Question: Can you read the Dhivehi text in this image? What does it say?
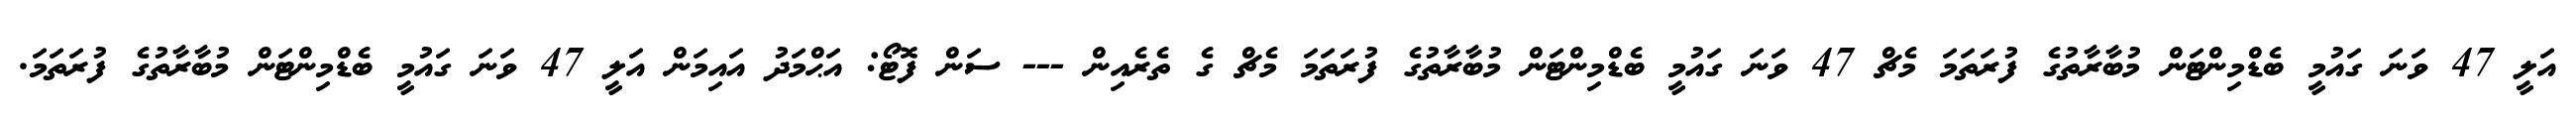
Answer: އަލީ 47 ވަނަ ގައުމީ ބެޑްމިންޓަން މުބާރާތުގެ ފުރަތަމަ މެޗް 47 ވަނަ ގައުމީ ބެޑްމިންޓަން މުބާރާތުގެ ފުރަތަމަ މެޗް ގެ ތެރެއިން --- ސަން ފޮޓޯ: އަޙްމަދު އައިމަން އަލީ 47 ވަނަ ގައުމީ ބެޑްމިންޓަން މުބާރާތުގެ ފުރަތަމަ.